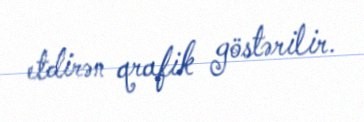
etdirən qrafik göstərilir.